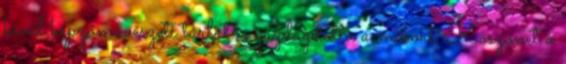
kívül képzőművészeti tárlat is gazdagította a műsort. Köszönet a